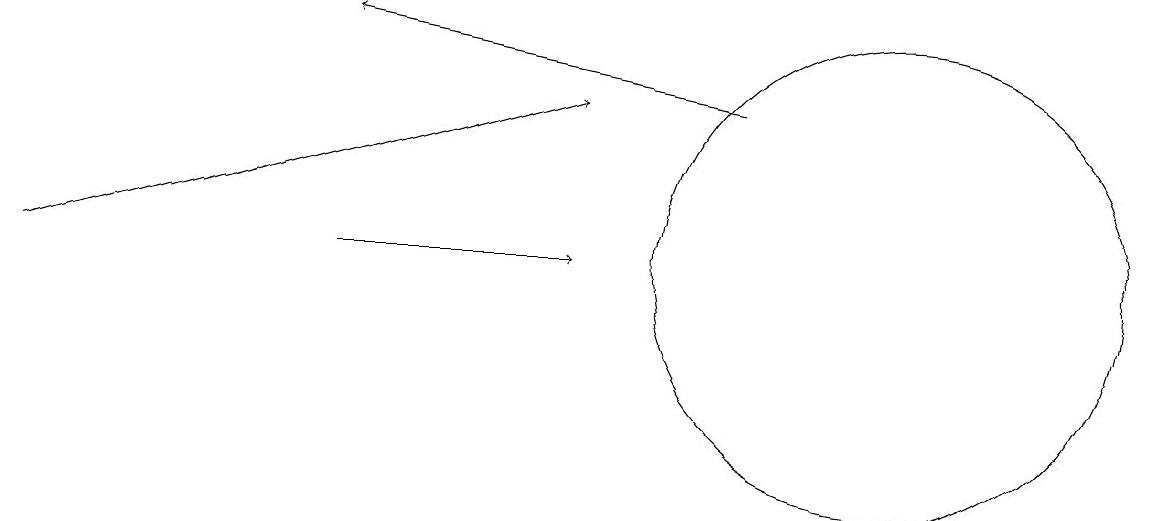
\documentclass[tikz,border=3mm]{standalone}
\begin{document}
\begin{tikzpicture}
\draw[->] (4,12) -- (7,12);
\draw (11,12) circle (3);
\draw[->] (9,14) -- (4,15);
\draw[->] (0,12) -- (7,14);
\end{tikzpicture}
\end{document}